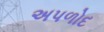
અપળોદ